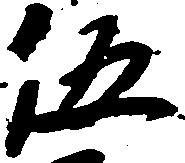
伍